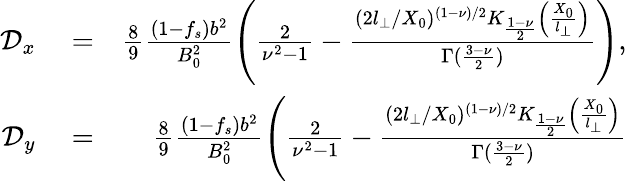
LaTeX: \begin{array}{rlr}{\mathcal{D}_{x}}&{{}=}&{\frac{8}{9}\frac{(1-f_{s})b^{2}}{B_{0}^{2}}\left(\frac{2}{\nu^{2}-1}-\frac{(2l_{\perp}/X_{0})^{(1-\nu)/2}K_{\frac{1-\nu}{2}}\left(\frac{X_{0}}{l_{\perp}}\right)}{\Gamma(\frac{3-\nu}{2})}\right),}\\ {\mathcal{D}_{y}}&{{}=}&{\frac{8}{9}\frac{(1-f_{s})b^{2}}{B_{0}^{2}}\left(\frac{2}{\nu^{2}-1}-\frac{(2l_{\perp}/X_{0})^{(1-\nu)/2}K_{\frac{1-\nu}{2}}\left(\frac{X_{0}}{l_{\perp}}\right)}{\Gamma(\frac{3-\nu}{2})}\right.}\end{array}